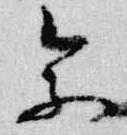
参